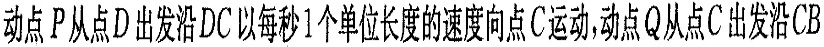
动点P从点D出发沿DC以每秒1个单位长度的速度向点C运动，动点Q从点C出发沿CB